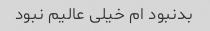
بدنبود ام خیلی عالیم نبود